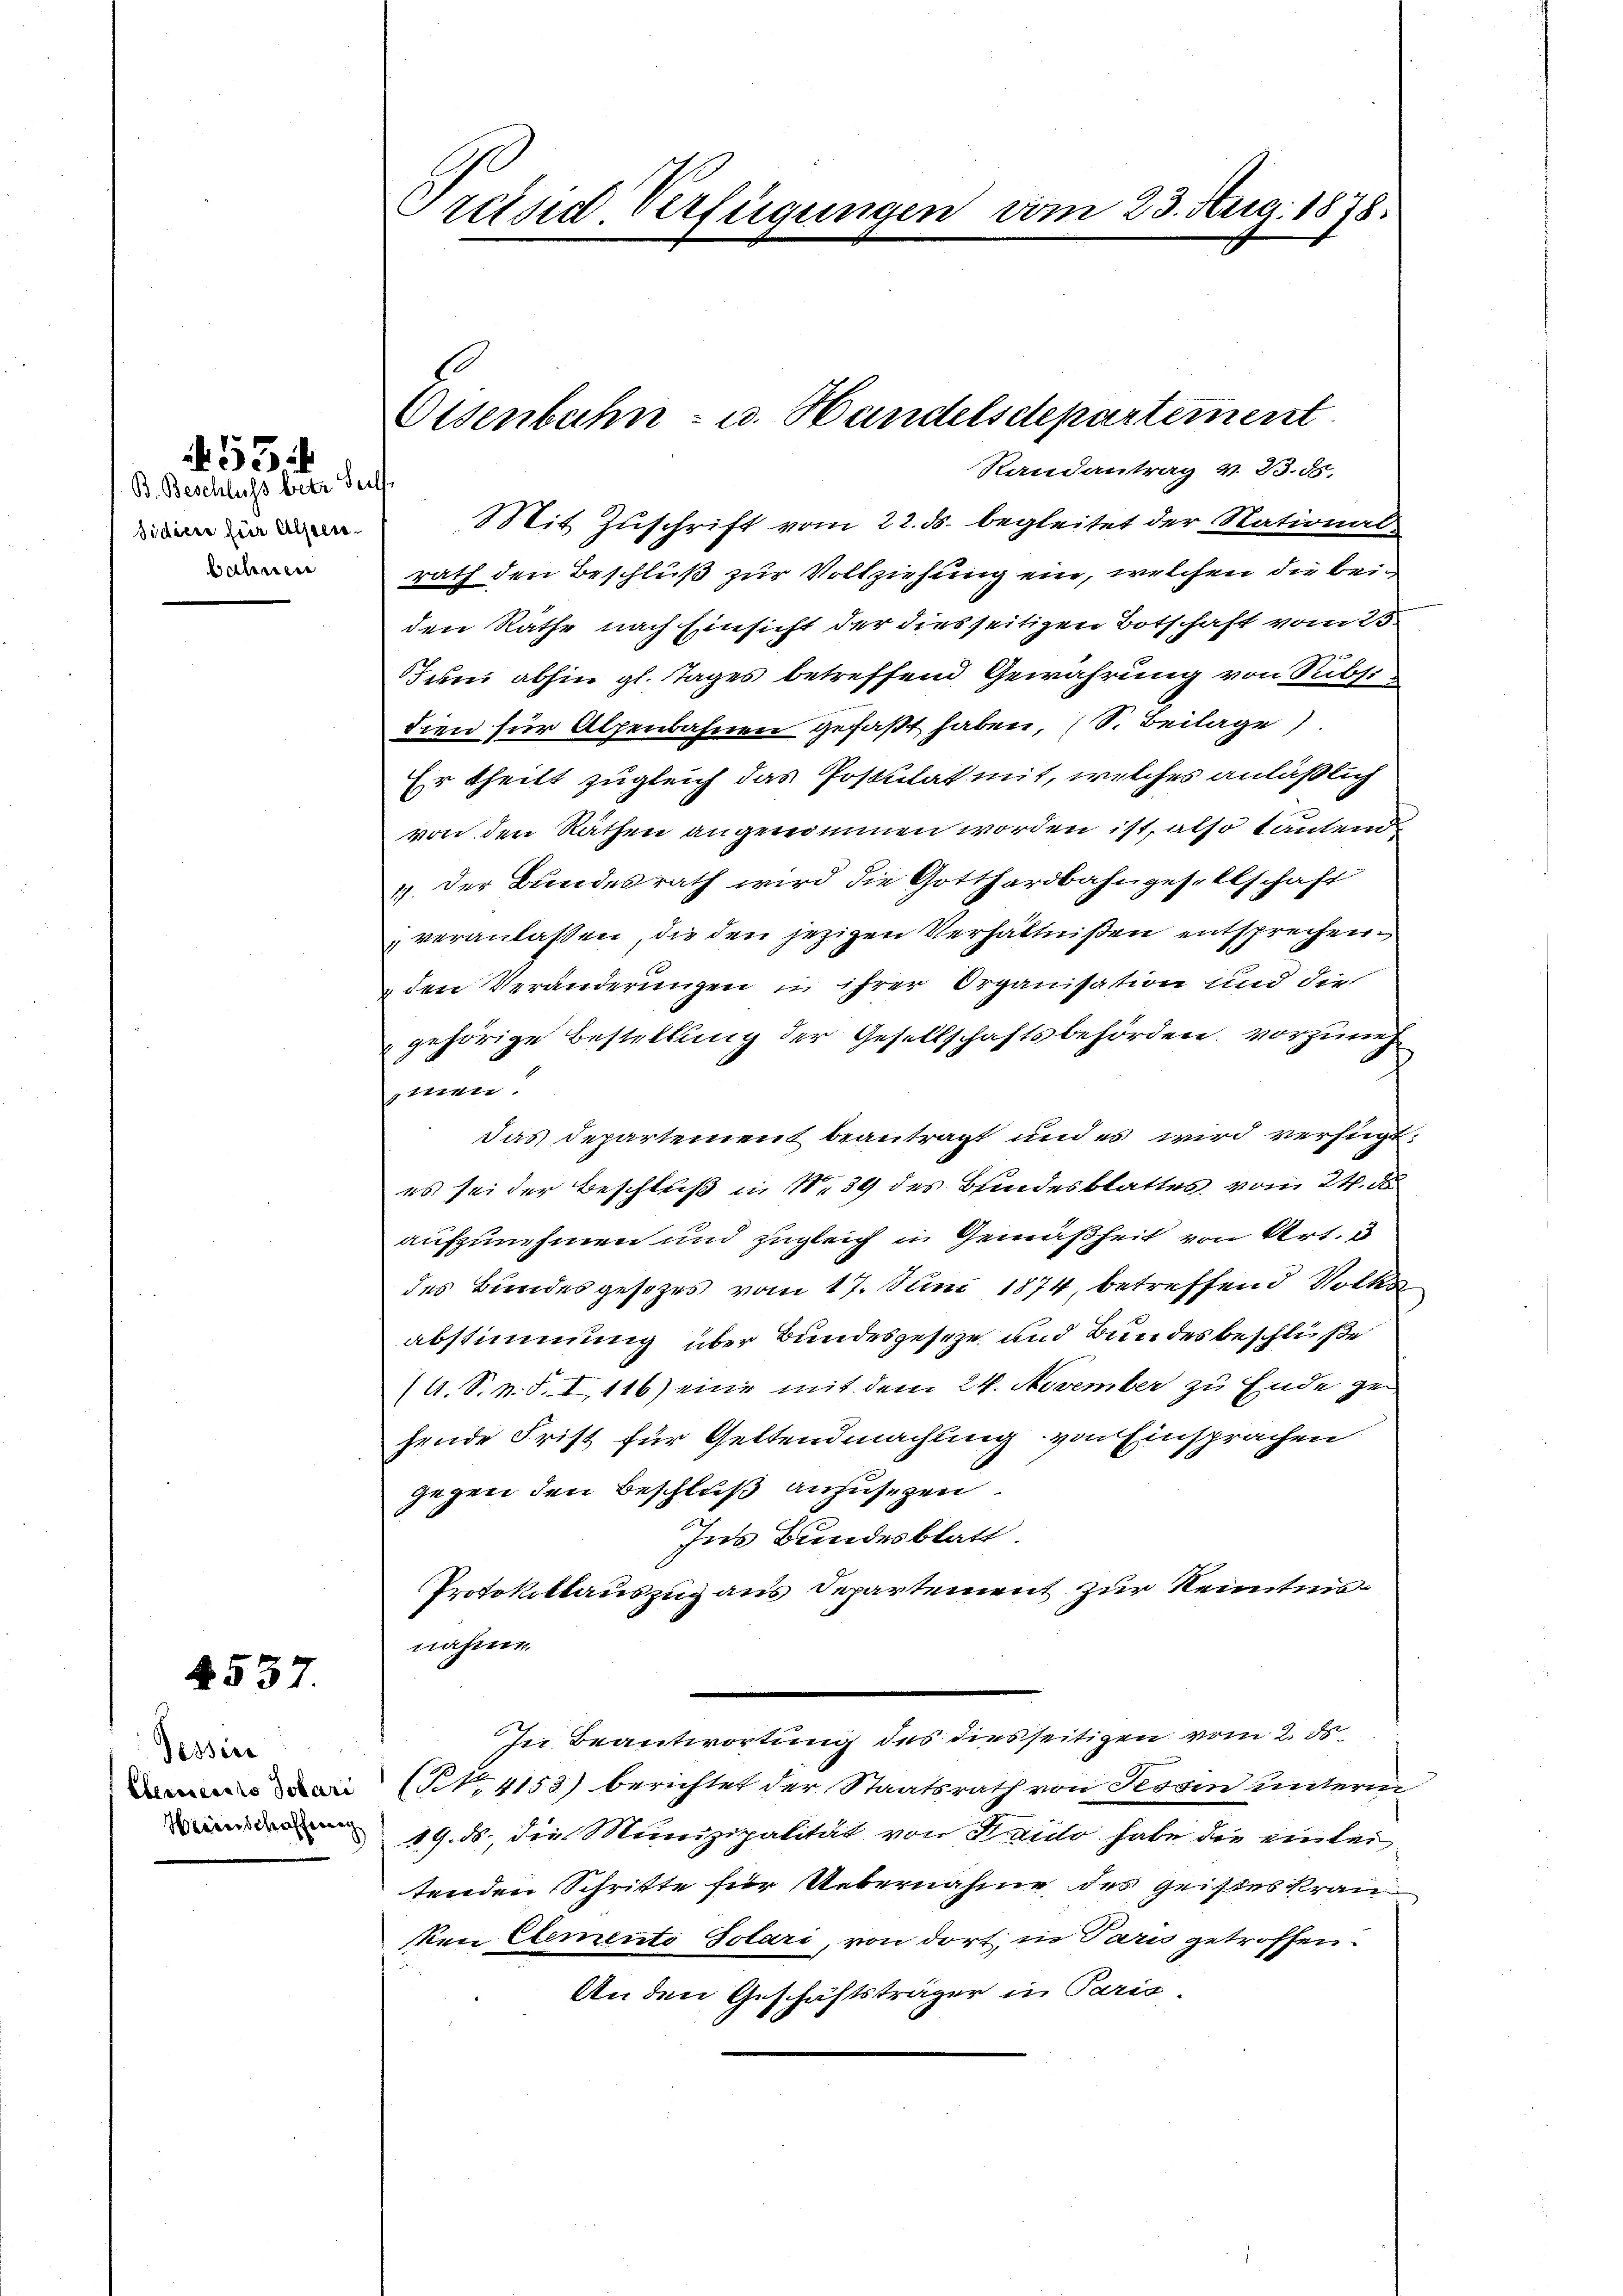
B. Beschluss betr. Seels
Sidiere für Alpenbahnen

53:

4537.

Dessier

Pressirt Verfügungen vom 23. Aug. 1878.

Mit Zuschrift vom 22. ds. begleitet der National
rath den Beschluß zur Vollziehung ein, welchen die beiden Räthe nach Einsicht der dies seitigen Botschaft vom 23.
Juni abhin gl. Tages betreffend Gewährung von Subsi
dien für Alfenbahnen gefaßt haben, (S. Beilage)
Er theilt zugleich das Postulat mit, welches anläßlich
von den Räthen angenommen worden ist, also tautend
4. der Bundesrath wird die Gotthardbahngesellschaft
veranlaßen, die den jezigen Verhältnißen entsprechen.
 den Veränderungen in ihrer Organisation und die
gehörige Bestellung der Gesellschaftsbehörden, vorzurieh
men
das Departement beantragt und es wird verfügt:
es sei der Beschluß in N. 39 des Bundesblattes, vom 24. d
aufzunehmen und zugleich in Gemäßheit von Art.
des Bundesgesetzes vom 17. Juni 1874, betreffend Volks
abstimmung über Bundesgeseze und Bundesbeschlüße
(A. S. N. S. I, 116) eine mit dem 24. November zu Ende ge
hende Frist für Geltendmachung von Einsprachen
gegen den Beschluß anzusehen
Ins Bundesblatt.
Protokoktauszug aus Departement zur Kenntnisnahme.
In Beantwortung des diesseitigen vom 2. ds.
(NNo. 4153) berichtet der Staatsrath von Tessin unterm
 19. ds. die Munizipalität von Fräulo habe die einleitenden Schritte für Uebernahme des geistes Kranken Elemento Solari, von dort, in Paris getroffen.
An den Geschäftsträger in Paris,

Eisenbahn- u. Handelsdepartement
Randantrag v. 23. 55.